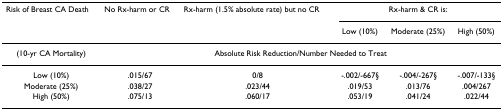
| Risk of Breast CA Death | No Rx-harm or CR | Rx-harm (1.5% absolute rate) but no CR | <COLSPAN=3> Rx-harm & CR is: |
 |  |  |  | Low (10%) | Moderate (25%) | High (50%) |
 | --- | --- | --- | --- | --- | --- |
 | (10-yr CA Mortality) | <COLSPAN=5> Absolute Risk Reduction/Number Needed to Treat |
 | Low (10%) | .015/67 | 0/8 | -.002/-667§ | -.004/-267§ | -.007/-133§ |
 | Moderate (25%) | .038/27 | .023/44 | .019/53 | .013/76 | .004/267 |
 | High (50%) | .075/13 | .060/17 | .053/19 | .041/24 | .022/44 |